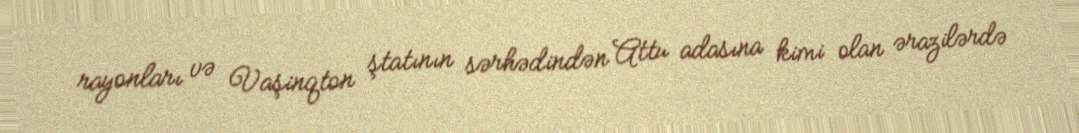
rayonları və Vaşinqton ştatının sərhədindən Attu adasına kimi olan ərazilərdə